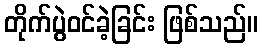
တိုက်ပွဲဝင်ခဲ့ခြင်း ဖြစ်သည်။